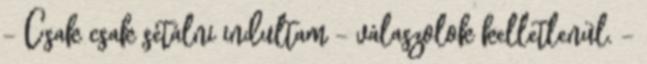
- Csak csak sétálni indultam – válaszolok kelletlenül. -